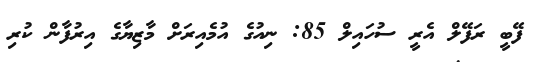
ފޭބީ ރަފޭލް އެރީ ސުހައިލް 85: ނިއުގެ އުމެއިރަށް މާޒިޔާގެ އިރުފާން ކުރި